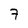
Character: 7